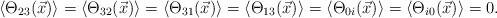
LaTeX: \begin{align*}\left\langle \Theta _{23}(\vec{x})\right\rangle =\left\langle \Theta _{32}(\vec{x})\right\rangle =\left\langle \Theta _{31}(\vec{x})\right\rangle=\left\langle \Theta _{13}(\vec{x})\right\rangle =\left\langle \Theta _{0i}(\vec{x})\right\rangle =\left\langle \Theta _{i0}(\vec{x})\right\rangle =0.\end{align*}